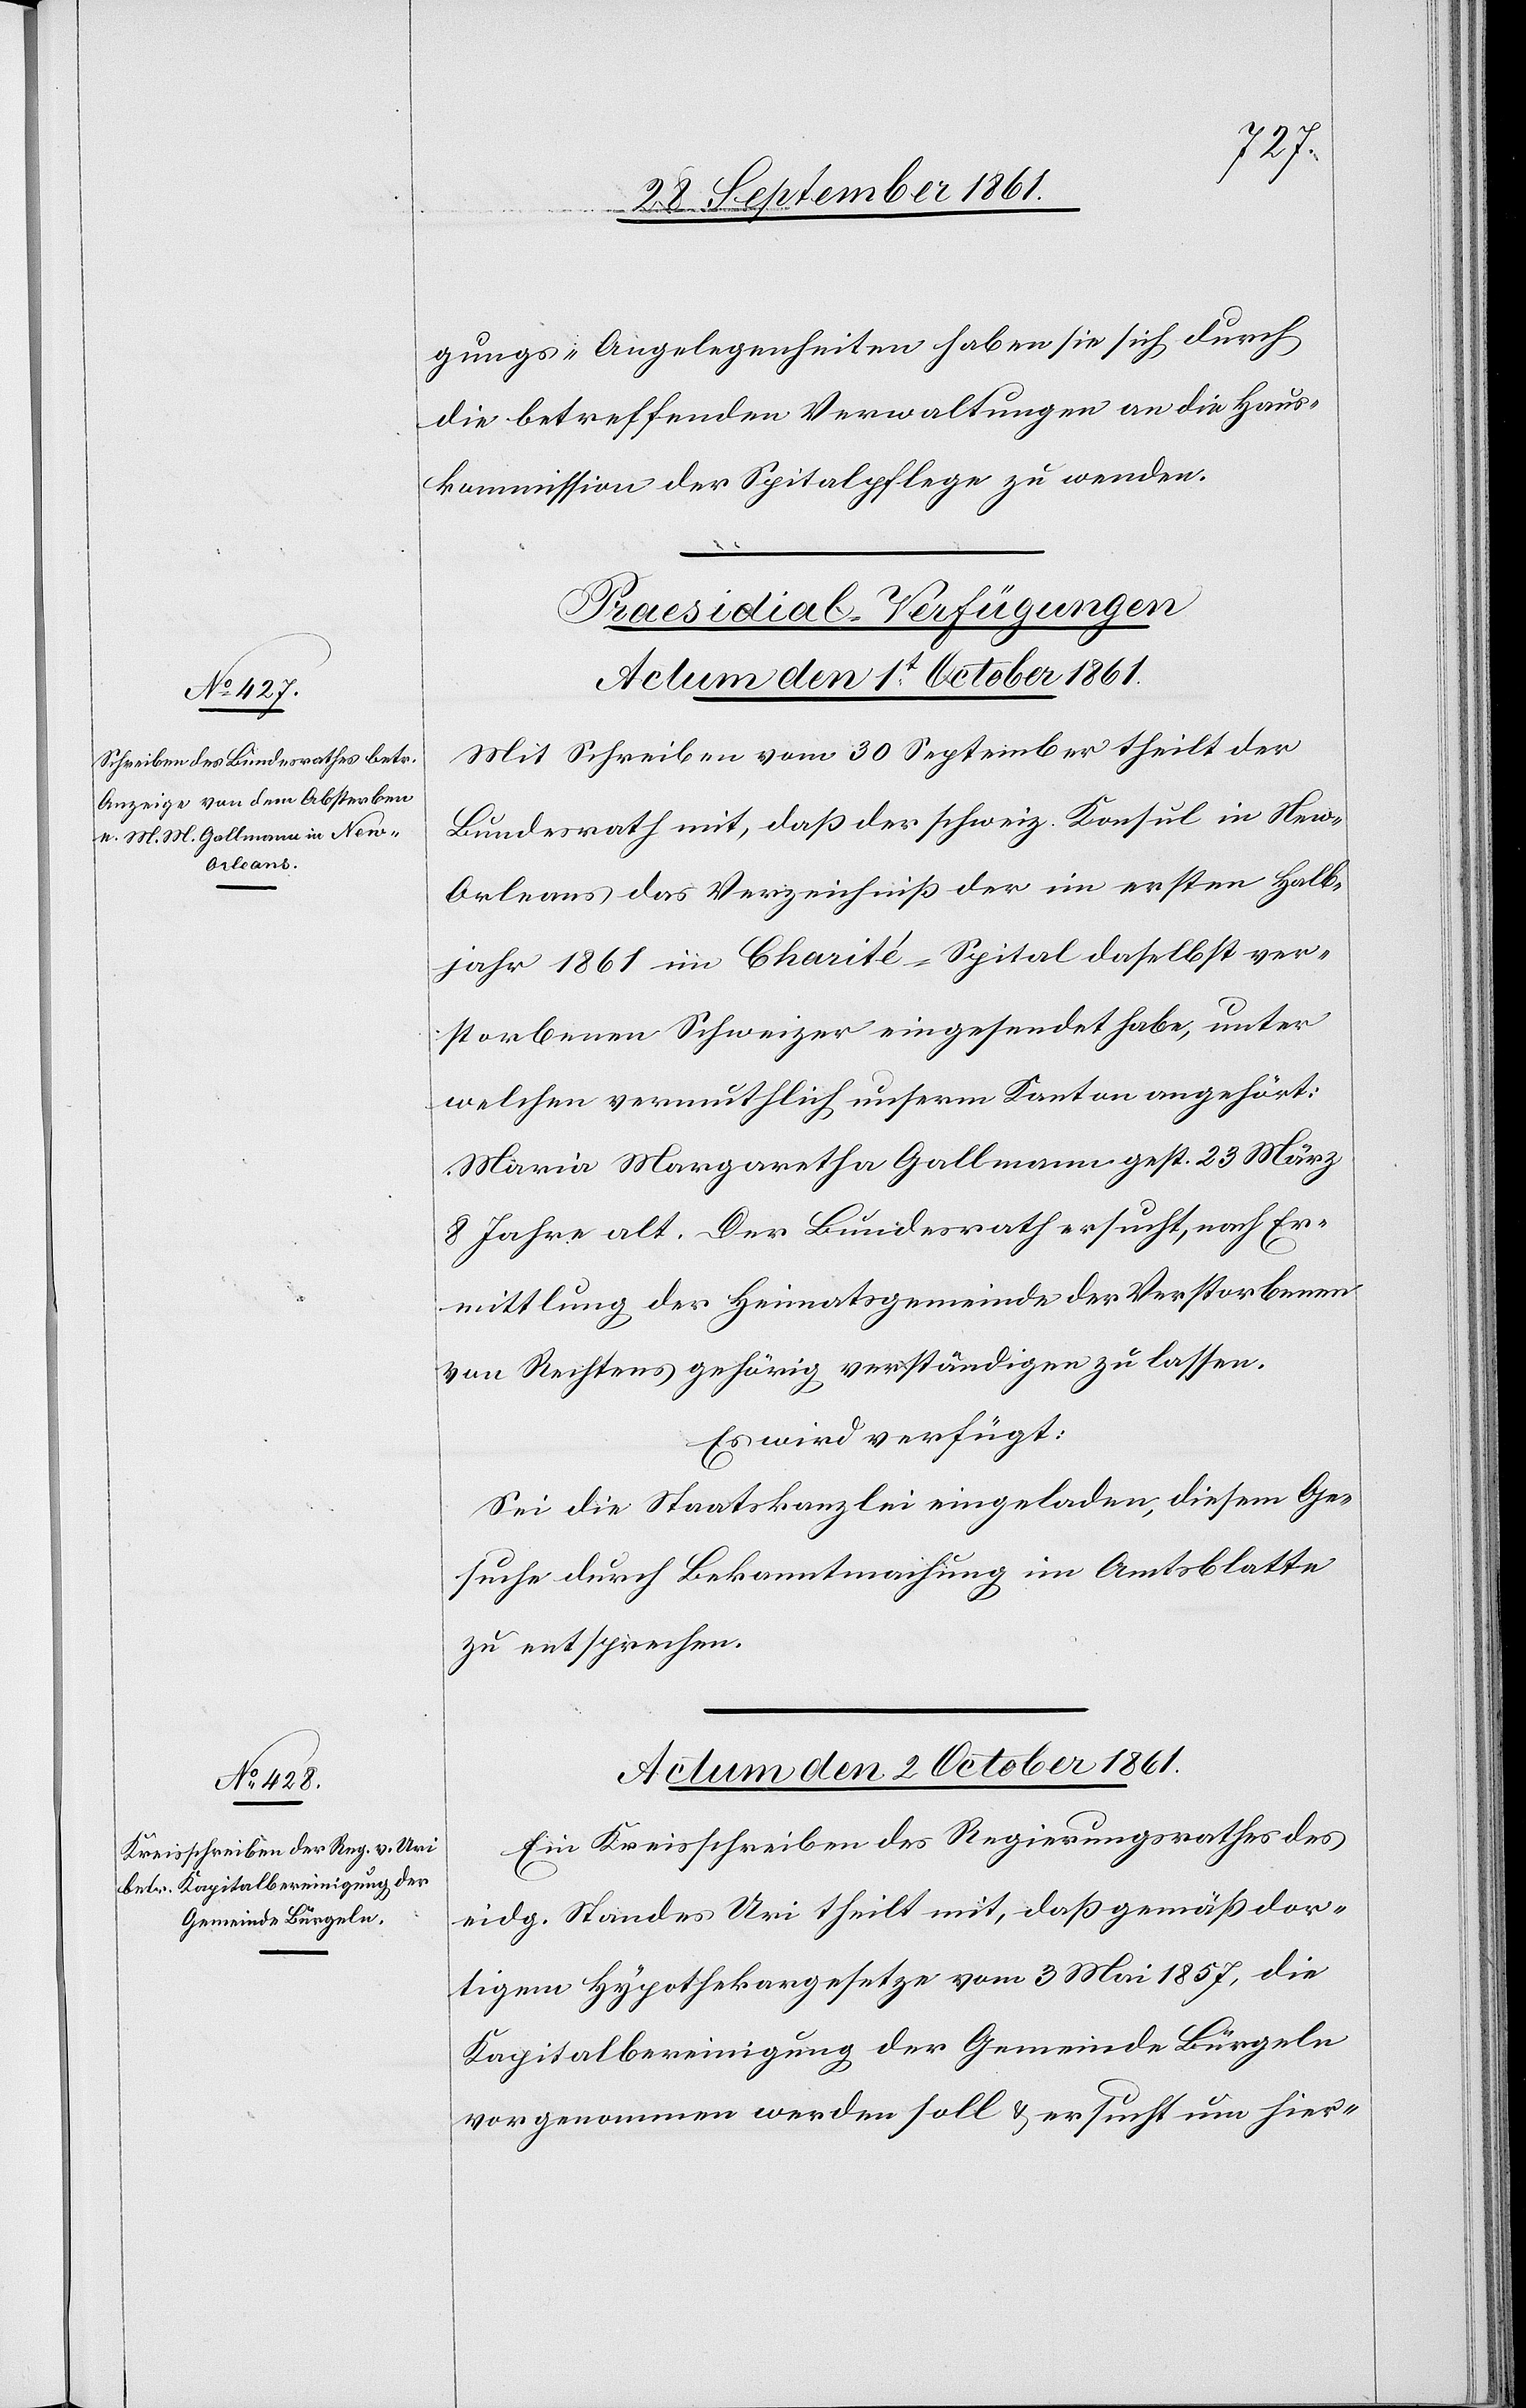
gungs-Angelegenheiten haben sie sich durch
die betreffenden Verwaltungen an die Haus¬
kommission der Spitalpflege zu wenden.
[Präsidial-Verfügungen.]
Actum den 1t October 1861.
Mit Schreiben vom 30 September theilt der
Bundesrath mit, daß der schweiz. Konsul in New-O¬
rleans das Verzeichniß der im ersten Halb¬
jahr 1861 im Charité-Spital daselbst ver¬
storbenen Schweizer eingesendet haben, unter
welchen vermuthlich unserm Kanton angehört:
Maria Margaretha Gallmann gest. 23 März
8 Jahre alt. Der Bundesrath ersucht, nach Er¬
mittlung der Heimatsgemeinde der Verstorbenen
von Rechtens gehörig verständigen zu lassen.
Es wird verfügt:
Sei die Staatskanzlei eingeladen, diesem Ge¬
suche durch Bekanntmachung im Amtsblatte
zu entsprechen.
Actum den 2 October 1861.
Ein Kreisschreiben des Regierungsrathes des
eidg. Standes Uri theilt mit, daß gemäß dor¬
tigem Hypothekargesetze vom 3 Mai 1857, die
Kapitalbereinigung der Gemeinde Bürgeln
vorgenommen werden soll u. ersucht um hier-